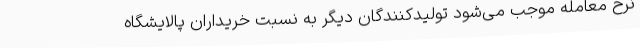
نرخ معامله موجب می‌شود تولیدکنندگان دیگر به نسبت خریداران پالایشگاه